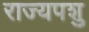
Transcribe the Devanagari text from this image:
राज्यपशु